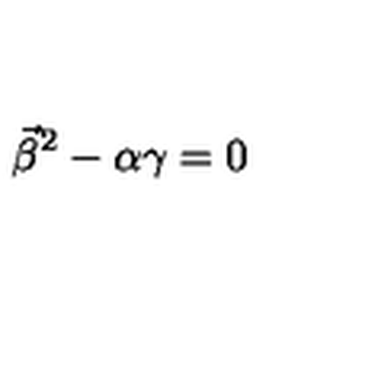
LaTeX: \vec { \beta } ^ { 2 } - \alpha \gamma = 0